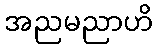
အညမညာဟိ